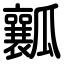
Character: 瓤